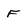
Character: f